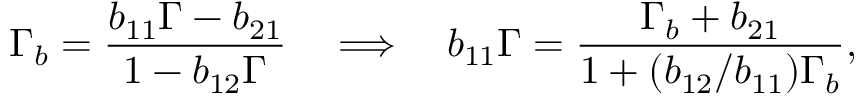
\Gamma _ { b } = \frac { b _ { 1 1 } \Gamma - b _ { 2 1 } } { 1 - b _ { 1 2 } \Gamma } \quad \Longrightarrow \quad b _ { 1 1 } \Gamma = \frac { \Gamma _ { b } + b _ { 2 1 } } { 1 + ( b _ { 1 2 } / b _ { 1 1 } ) \Gamma _ { b } } ,